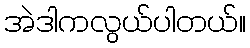
အဲဒါကလွယ်ပါတယ်။